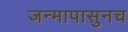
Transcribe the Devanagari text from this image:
जन्मापासुनच